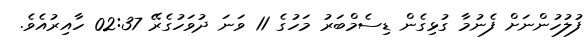
ފުލުހުންނަށް ފެނުމާ ގުޅިގެން ޑިސެމްބަރު މަހުގެ 11 ވަނަ ދުވަހުގެރޭ 02:37 ހާއިރުއެވެ.